Report on vaccination in Madras 1922-1929 - 1922-1929
Year: 1922
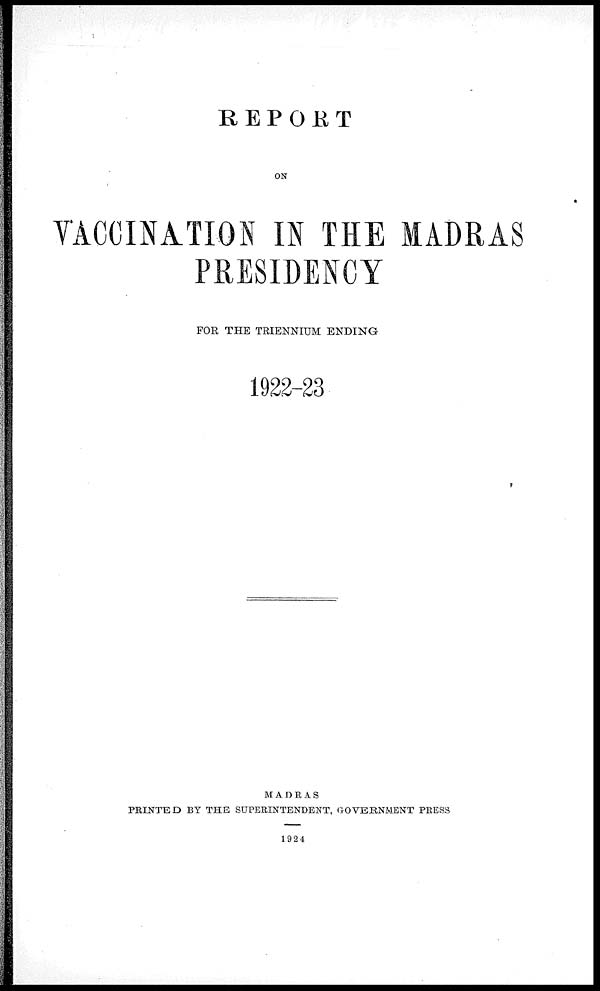
REPORT
ON
VACCINATION IN THE MADRAS
PRESIDENCY
FOR THE TRIENNIUM ENDING
1922-23
MADRAS
PRINTED BY THE SUPERINTENDENT, GOVERNMENT PRESS
1924